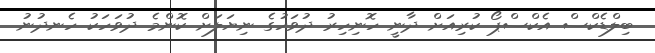
ބިލްޑެކްސް އެކްސްޕޯ ކުރިއަށް ދާނީ ހޮނިހިރު ދުވަހުގެ ނިޔަލަށް ކޮންމެ ދުވަހަކު ހެނދުނު